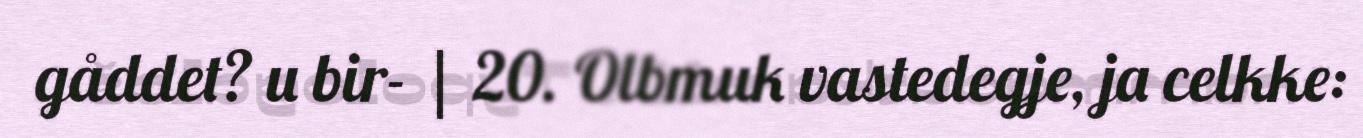
gåddet? u bir- | 20. Olbmuk vastedegje, ja celkke: